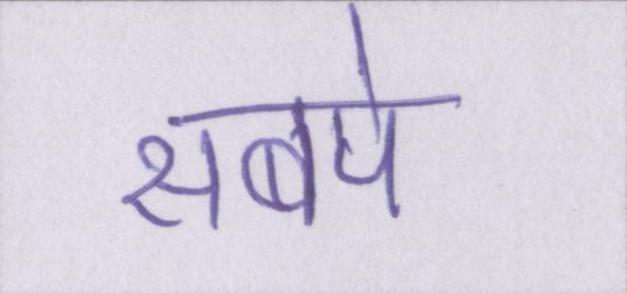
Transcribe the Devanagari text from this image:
सबपे